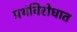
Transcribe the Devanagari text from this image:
प्रथंविरोधात